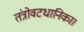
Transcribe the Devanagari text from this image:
तंत्रोवटधानिका।